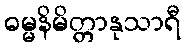
ဓမ္မနိမိတ္တာနုသာရီ